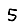
Digit: 5